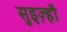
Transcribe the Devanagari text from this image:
सुइज़्हौ